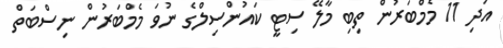
އަދި 11 މެމްބަރުން ތިބި މާލޭ ސިޓީ ކައުންސިލްގެ ނުވަ މެމްބަރުން ނިސްބަތް